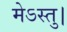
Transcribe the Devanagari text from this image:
मेऽस्तु।